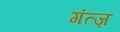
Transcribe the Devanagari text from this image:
गंत्ज़